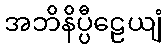
အဘိနိပ္ပီဠေယျံ